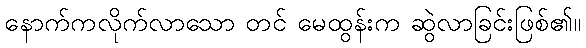
နောက်ကလိုက်လာသော တင် မေထွန်းက ဆွဲလာခြင်းဖြစ်၏။